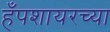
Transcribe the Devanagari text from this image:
हँपशायरच्या